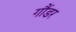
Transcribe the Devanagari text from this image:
गौंडर